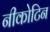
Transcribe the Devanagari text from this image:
नीकोटिन